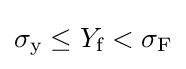
\sigma _{\text{y}}\leq Y_{\text{f}}<\sigma _{\text{F}}